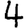
Digit: 4